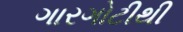
ગારગોટીથી